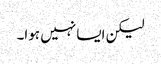
لیکن ایسا نہیں ہوا۔